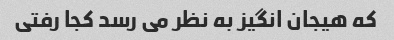
که هیجان انگیز به نظر می رسد کجا رفتی